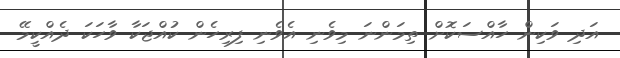
އަދި ވަކިން ހާއްސަކޮށް ތިމަންނަ މިވެނި އެވެނި ފިރިހެން ކުއްޖަކާ ވާހަކަ ދެއްކީމޭ